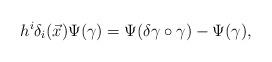
LaTeX: \begin{align*}h^i\delta_i(\vec x)\Psi(\gamma)=\Psi(\delta\gamma\circ\gamma)-\Psi(\gamma),\end{align*}